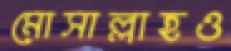
মোসাল্লাহও